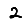
Digit: 2